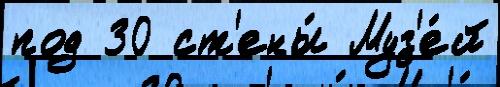
под 30 ст'ены́ Муз'е́й